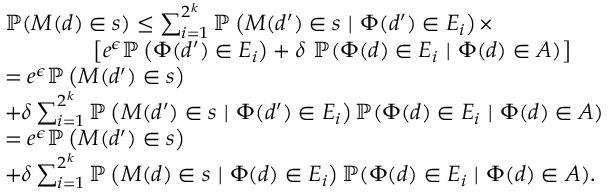
\begin{array} { r l } & { \mathbb { P } ( M ( d ) \in s ) \leq \sum _ { i = 1 } ^ { 2 ^ { k } } \mathbb { P } \left( M ( d ^ { \prime } ) \in s \ | \ \Phi ( d ^ { \prime } ) \in E _ { i } \right) \times } \\ & { \qquad \qquad \left[ e ^ { \epsilon } \mathbb { P } \left( \Phi ( d ^ { \prime } ) \in E _ { i } \right) + \delta \ \mathbb { P } ( \Phi ( d ) \in E _ { i } \ | \ \Phi ( d ) \in A ) \right] } \\ & { = e ^ { \epsilon } \mathbb { P } \left( M ( d ^ { \prime } ) \in s \right) } \\ & { + \delta \sum _ { i = 1 } ^ { 2 ^ { k } } \mathbb { P } \left( M ( d ^ { \prime } ) \in s \ | \ \Phi ( d ^ { \prime } ) \in E _ { i } \right) \mathbb { P } ( \Phi ( d ) \in E _ { i } \ | \ \Phi ( d ) \in A ) } \\ & { = e ^ { \epsilon } \mathbb { P } \left( M ( d ^ { \prime } ) \in s \right) } \\ & { + \delta \sum _ { i = 1 } ^ { 2 ^ { k } } \mathbb { P } \left( M ( d ) \in s \ | \ \Phi ( d ) \in E _ { i } \right) \mathbb { P } ( \Phi ( d ) \in E _ { i } \ | \ \Phi ( d ) \in A ) . } \end{array}